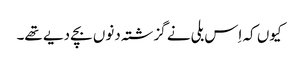
کیوں کہ اِس بلی نے گزشتہ دنوں بچے دیے تھے۔